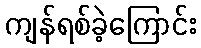
ကျန်ရစ်ခဲ့ကြောင်း